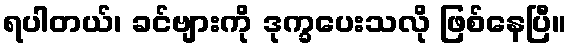
ရပါတယ်၊ ခင်ဗျားကို ဒုက္ခပေးသလို ဖြစ်နေပြီ။